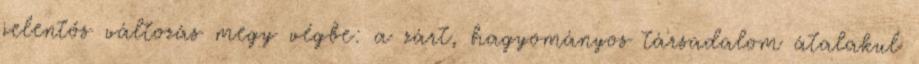
jelentős változás megy végbe: a zárt, hagyományos társadalom átalakul